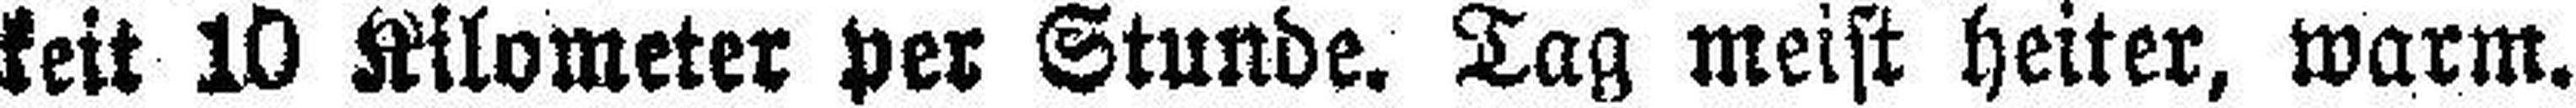
keit 10 Kilometer per Stunde. Tag meist heiter, warm.